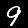
Label: 9